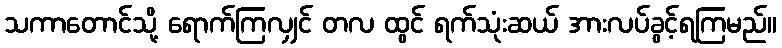
သကာတောင်သို့ ရောက်ကြလျှင် တလ ထွင် ရက်သုံးဆယ် အားလပ်ခွင့်ရကြမည်။